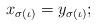
LaTeX: \begin{align*}x_{\sigma(\iota)} =y_{\sigma(\iota)};\end{align*}